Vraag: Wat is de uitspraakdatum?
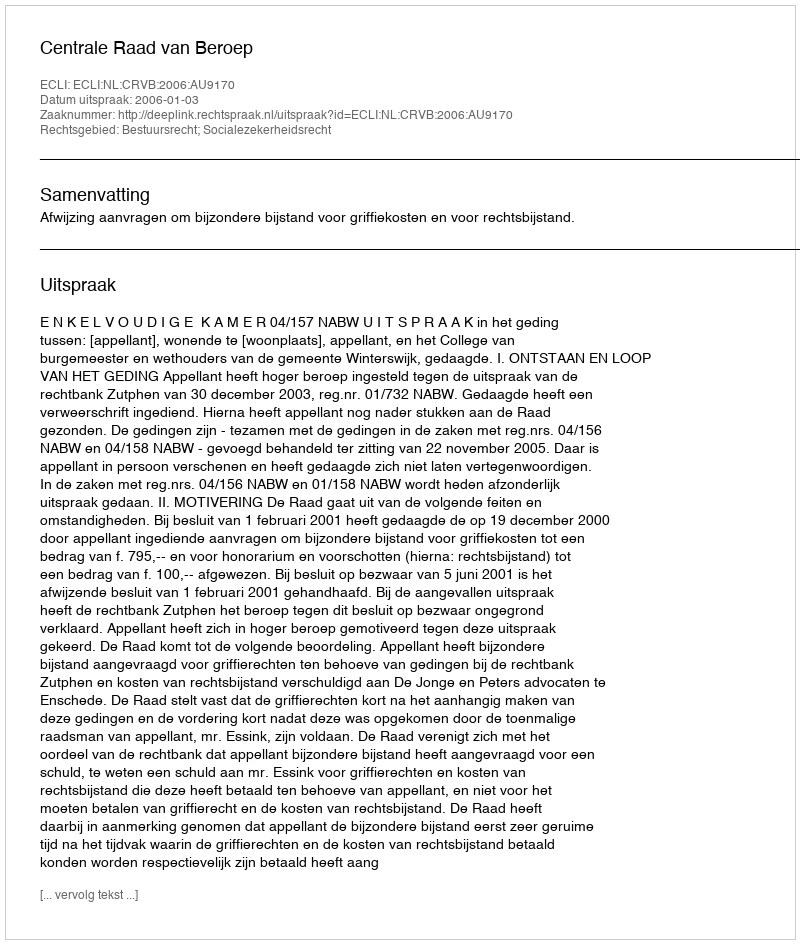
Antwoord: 2006-01-03